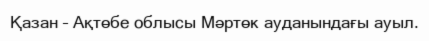
Қазан – Ақтөбе облысы Мәртөк ауданындағы ауыл.